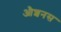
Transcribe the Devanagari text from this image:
औशनस